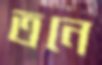
তনে